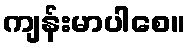
ကျန်းမာပါစေ။